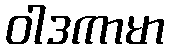
ဝါဒကာမာ